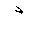
Letter: _dal